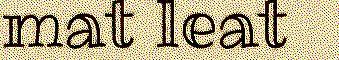
mat leat